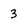
Character: 3